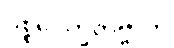
ပစ္စဝေက္ခိတဗ္ဗာတိ